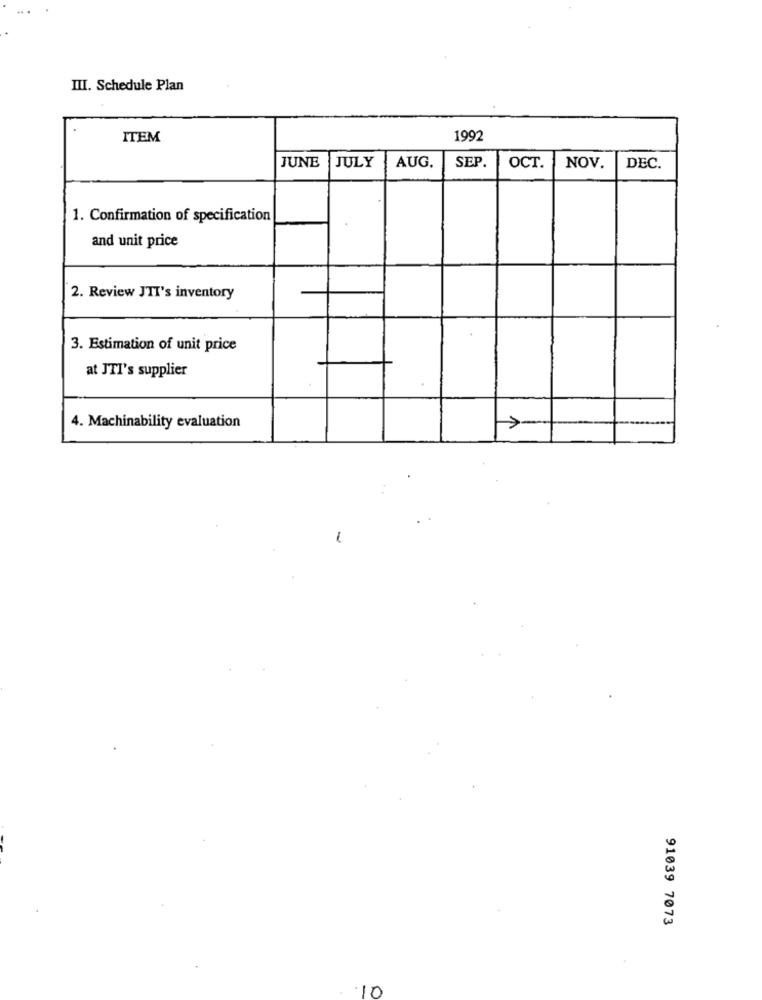
III. Schedule Plan
ITEM
1992
JUNE
JULY
AUG.
SEP.
OCT.
NOV.
DEC.
1. Confirmation of specification
and unit price
2. Review JTI's inventory
3. Estimation of unit price
at JTI's supplier
4. Machinability evaluation
91039 7073